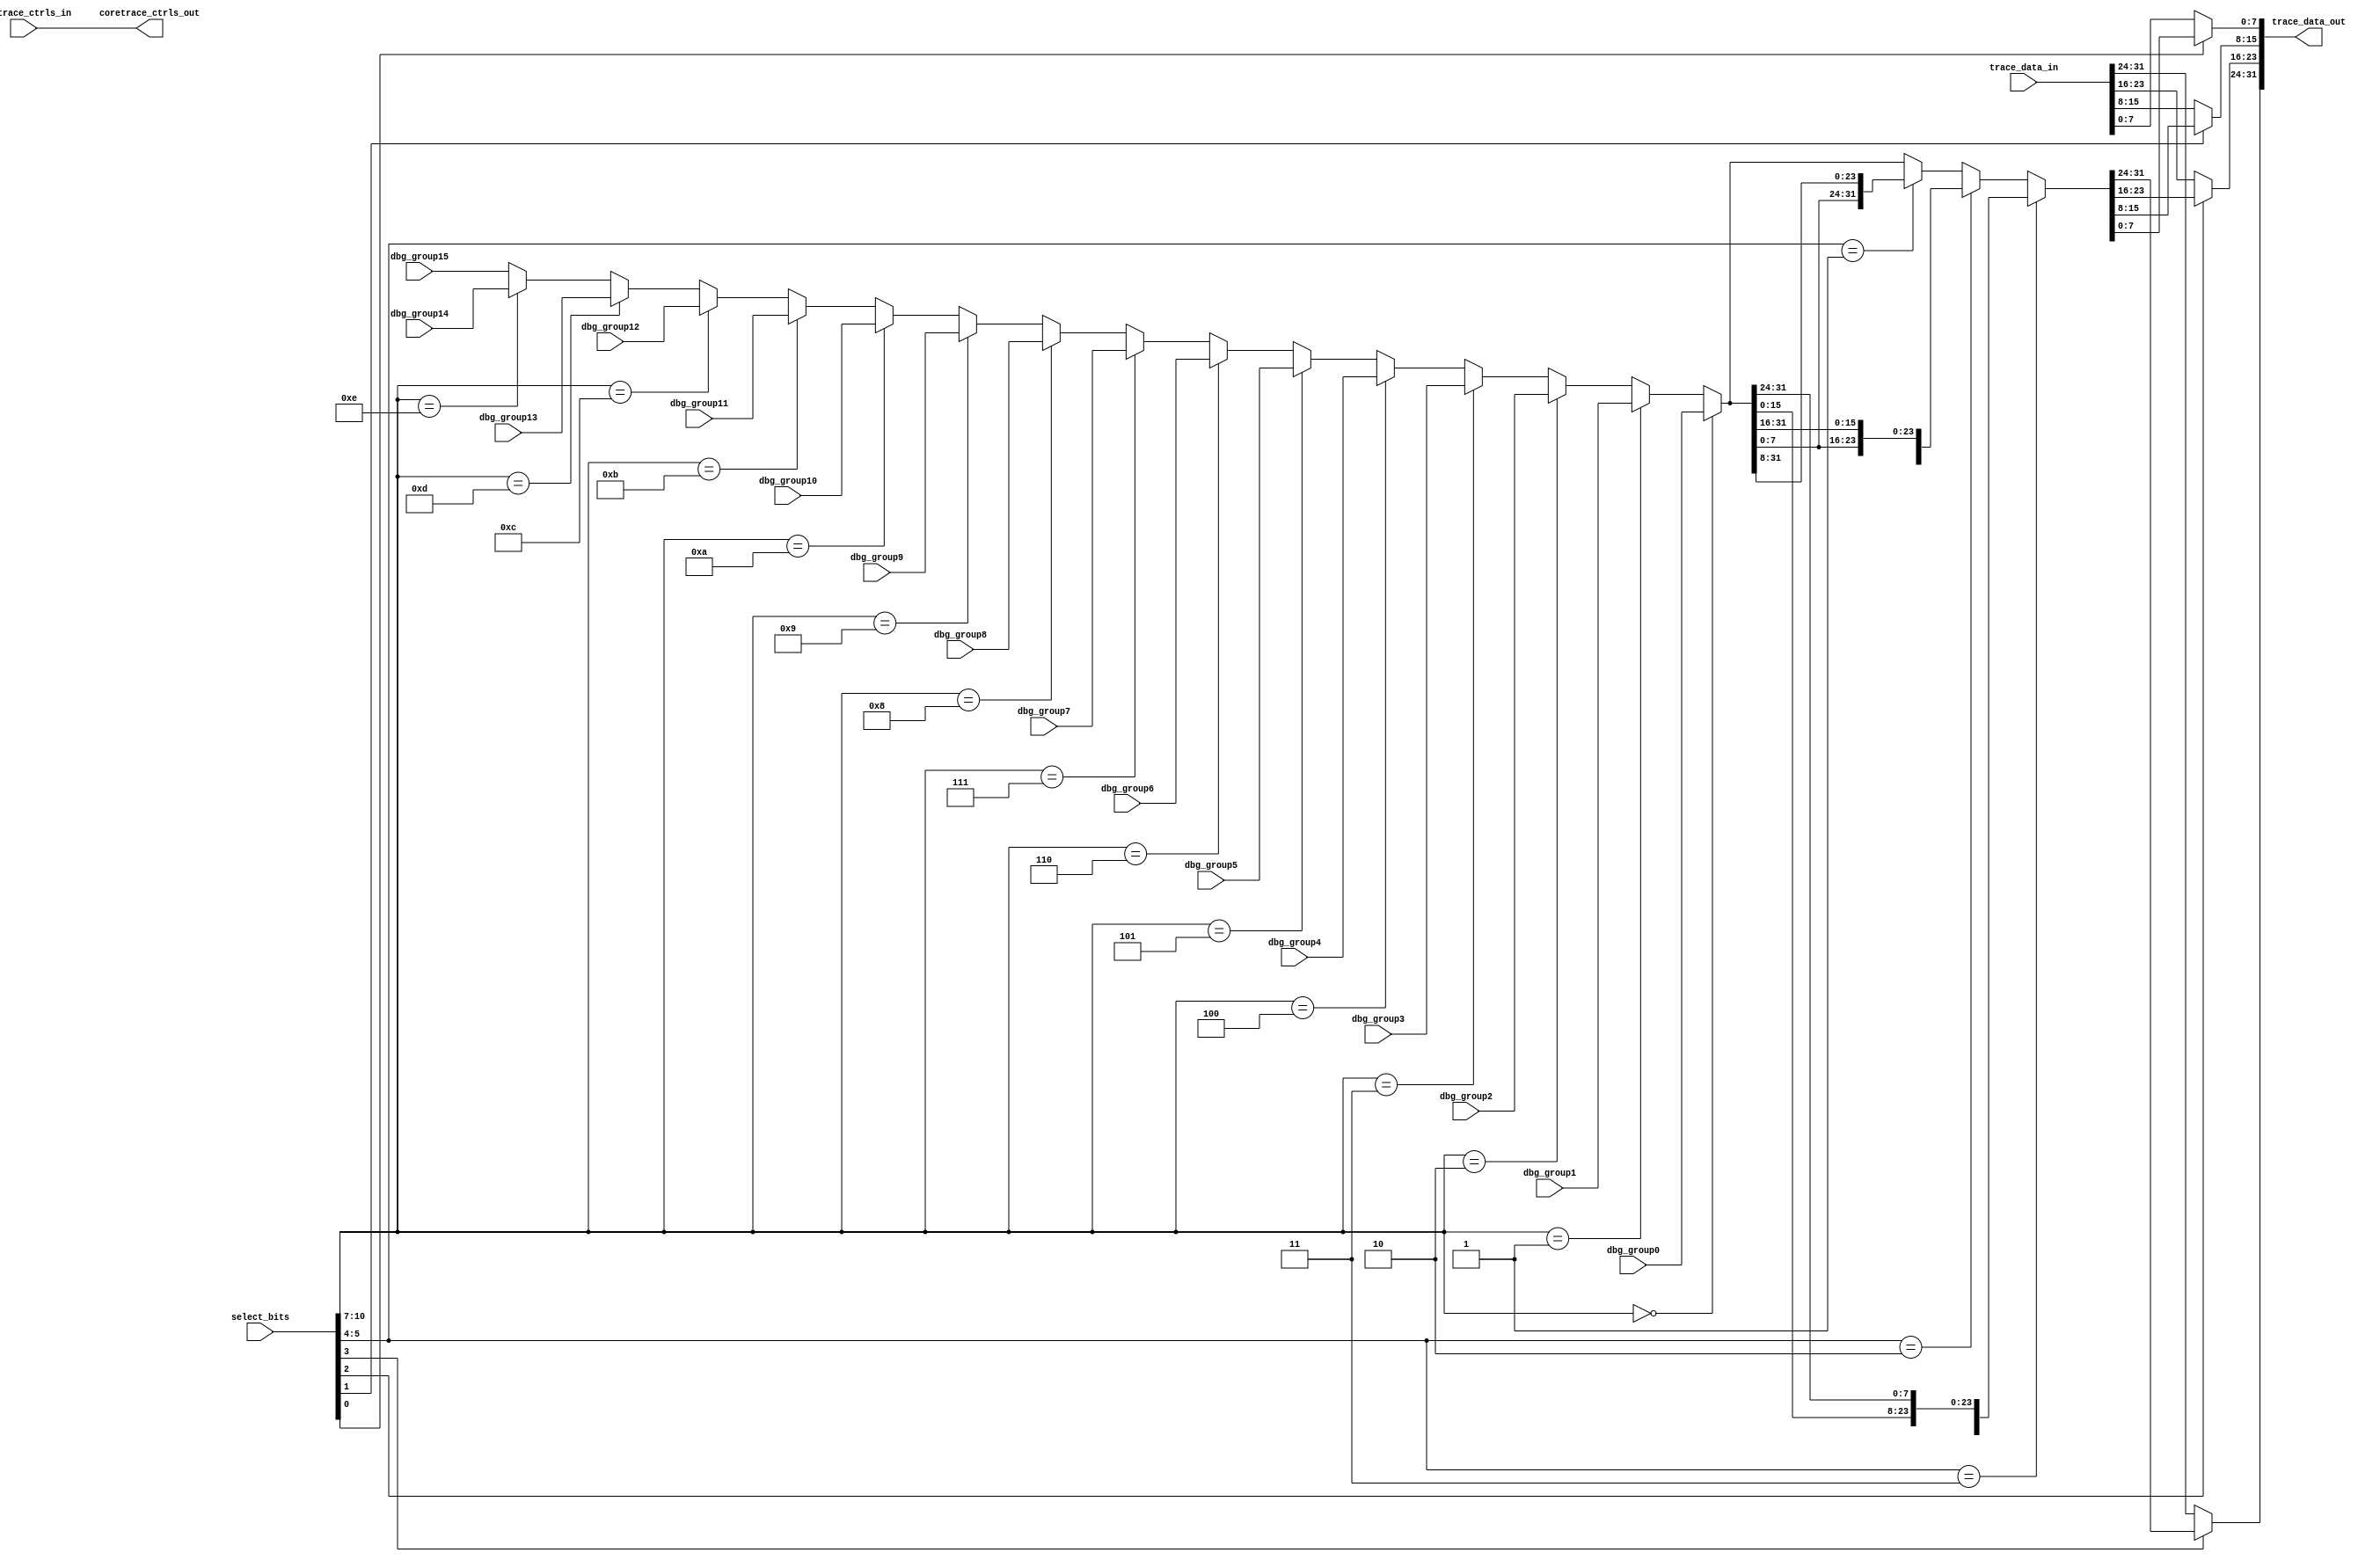
module tri_debug_mux16(
//   vd,
//   gd,
   select_bits,
   dbg_group0,
   dbg_group1,
   dbg_group2,
   dbg_group3,
   dbg_group4,
   dbg_group5,
   dbg_group6,
   dbg_group7,
   dbg_group8,
   dbg_group9,
   dbg_group10,
   dbg_group11,
   dbg_group12,
   dbg_group13,
   dbg_group14,
   dbg_group15,
   trace_data_in,
   trace_data_out,
   // Instruction Trace (HTM) Controls
   coretrace_ctrls_in,
   coretrace_ctrls_out
);

// Include model build parameters
   parameter              DBG_WIDTH = 32;	// A2o=32; A2i=88

//=====================================================================
// Port Definitions
//=====================================================================

   input [0:10]           select_bits;
   input [0:DBG_WIDTH-1]  dbg_group0;
   input [0:DBG_WIDTH-1]  dbg_group1;
   input [0:DBG_WIDTH-1]  dbg_group2;
   input [0:DBG_WIDTH-1]  dbg_group3;
   input [0:DBG_WIDTH-1]  dbg_group4;
   input [0:DBG_WIDTH-1]  dbg_group5;
   input [0:DBG_WIDTH-1]  dbg_group6;
   input [0:DBG_WIDTH-1]  dbg_group7;
   input [0:DBG_WIDTH-1]  dbg_group8;
   input [0:DBG_WIDTH-1]  dbg_group9;
   input [0:DBG_WIDTH-1]  dbg_group10;
   input [0:DBG_WIDTH-1]  dbg_group11;
   input [0:DBG_WIDTH-1]  dbg_group12;
   input [0:DBG_WIDTH-1]  dbg_group13;
   input [0:DBG_WIDTH-1]  dbg_group14;
   input [0:DBG_WIDTH-1]  dbg_group15;
   input [0:DBG_WIDTH-1]  trace_data_in;
   output [0:DBG_WIDTH-1] trace_data_out;

// Instruction Trace (HTM) Control Signals:
//  0    - ac_an_coretrace_first_valid
//  1    - ac_an_coretrace_valid
//  2:3  - ac_an_coretrace_type[0:1]
   input  [0:3]           coretrace_ctrls_in;
   output [0:3]           coretrace_ctrls_out;

//=====================================================================
// Signal Declarations / Misc
//=====================================================================
   parameter              DBG_1FOURTH = DBG_WIDTH/4;
   parameter              DBG_2FOURTH = DBG_WIDTH/2;
   parameter              DBG_3FOURTH = 3 * DBG_WIDTH/4;

   wire [0:DBG_WIDTH-1]   debug_grp_selected;
   wire [0:DBG_WIDTH-1]   debug_grp_rotated;

// Don't reference unused inputs:
(* analysis_not_referenced="true" *)
   wire                   unused;
   assign unused = select_bits[4];

// Instruction Trace controls are passed-through:
   assign coretrace_ctrls_out =  coretrace_ctrls_in ;

//=====================================================================
// Mux Function
//=====================================================================
   // Debug Mux
   assign debug_grp_selected = (select_bits[0:3] == 4'b0000) ? dbg_group0 :
                               (select_bits[0:3] == 4'b0001) ? dbg_group1 :
                               (select_bits[0:3] == 4'b0010) ? dbg_group2 :
                               (select_bits[0:3] == 4'b0011) ? dbg_group3 :
                               (select_bits[0:3] == 4'b0100) ? dbg_group4 :
                               (select_bits[0:3] == 4'b0101) ? dbg_group5 :
                               (select_bits[0:3] == 4'b0110) ? dbg_group6 :
                               (select_bits[0:3] == 4'b0111) ? dbg_group7 :
                               (select_bits[0:3] == 4'b1000) ? dbg_group8 :
                               (select_bits[0:3] == 4'b1001) ? dbg_group9 :
                               (select_bits[0:3] == 4'b1010) ? dbg_group10 :
                               (select_bits[0:3] == 4'b1011) ? dbg_group11 :
                               (select_bits[0:3] == 4'b1100) ? dbg_group12 :
                               (select_bits[0:3] == 4'b1101) ? dbg_group13 :
                               (select_bits[0:3] == 4'b1110) ? dbg_group14 :
                               dbg_group15;

   assign debug_grp_rotated  = (select_bits[5:6] == 2'b11) ? {debug_grp_selected[DBG_1FOURTH:DBG_WIDTH - 1], debug_grp_selected[0:DBG_1FOURTH - 1]} :
                               (select_bits[5:6] == 2'b10) ? {debug_grp_selected[DBG_2FOURTH:DBG_WIDTH - 1], debug_grp_selected[0:DBG_2FOURTH - 1]} :
                               (select_bits[5:6] == 2'b01) ? {debug_grp_selected[DBG_3FOURTH:DBG_WIDTH - 1], debug_grp_selected[0:DBG_3FOURTH - 1]} :
                               debug_grp_selected[0:DBG_WIDTH - 1];


   assign trace_data_out[0:DBG_1FOURTH - 1]           = (select_bits[7] == 1'b0) ? trace_data_in[0:DBG_1FOURTH - 1] :
                                                        debug_grp_rotated[0:DBG_1FOURTH - 1];

   assign trace_data_out[DBG_1FOURTH:DBG_2FOURTH - 1] = (select_bits[8] == 1'b0) ? trace_data_in[DBG_1FOURTH:DBG_2FOURTH - 1] :
                                                        debug_grp_rotated[DBG_1FOURTH:DBG_2FOURTH - 1];

   assign trace_data_out[DBG_2FOURTH:DBG_3FOURTH - 1] = (select_bits[9] == 1'b0) ? trace_data_in[DBG_2FOURTH:DBG_3FOURTH - 1] :
                                                        debug_grp_rotated[DBG_2FOURTH:DBG_3FOURTH - 1];

   assign trace_data_out[DBG_3FOURTH:DBG_WIDTH - 1]   = (select_bits[10] == 1'b0) ? trace_data_in[DBG_3FOURTH:DBG_WIDTH - 1] :
                                                        debug_grp_rotated[DBG_3FOURTH:DBG_WIDTH - 1];


endmodule